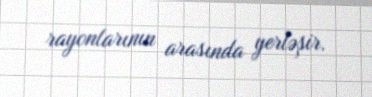
rayonlarının arasında yerləşir.